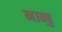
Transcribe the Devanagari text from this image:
नान्हु